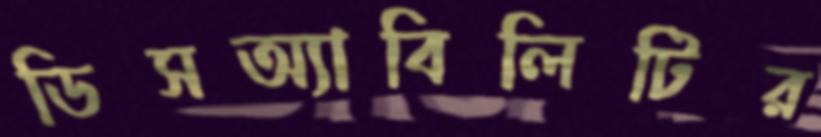
ডিসঅ্যাবিলিটির